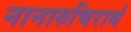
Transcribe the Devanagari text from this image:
नानारुचिरार्थ